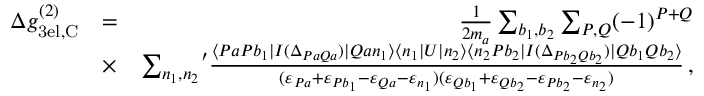
\begin{array} { r l r } { \Delta g _ { \mathrm { 3 e l , C } } ^ { ( 2 ) } } & { = } & { \frac { 1 } { 2 m _ { a } } \sum _ { b _ { 1 } , b _ { 2 } } \sum _ { P , Q } ( - 1 ) ^ { P + Q } } \\ & { \times } & { { \sum _ { n _ { 1 } , n _ { 2 } } } ^ { \prime } \frac { \langle P a P b _ { 1 } | I ( \Delta _ { P a Q a } ) | Q a n _ { 1 } \rangle \langle n _ { 1 } | U | n _ { 2 } \rangle \langle n _ { 2 } P b _ { 2 } | I ( \Delta _ { P b _ { 2 } Q b _ { 2 } } ) | Q b _ { 1 } Q b _ { 2 } \rangle } { ( \varepsilon _ { P a } + \varepsilon _ { P b _ { 1 } } - \varepsilon _ { Q a } - \varepsilon _ { n _ { 1 } } ) ( \varepsilon _ { Q b _ { 1 } } + \varepsilon _ { Q b _ { 2 } } - \varepsilon _ { P b _ { 2 } } - \varepsilon _ { n _ { 2 } } ) } \, , } \end{array}